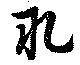
耴